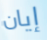
إيان